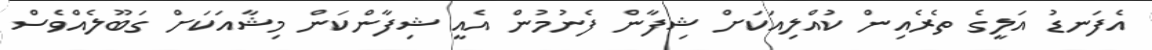
އެފަނޑު އަލީގެ ތެރެއިން ކުއްލިއަކަށް ޝިފާން ފެނުމުން އެއީ ޝިފާންކަން މިޝާއަކަށް ގަބޫލެއްވެސް